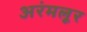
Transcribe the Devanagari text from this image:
अरंमलूर